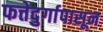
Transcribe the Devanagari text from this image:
फत्तेदुर्गापासून